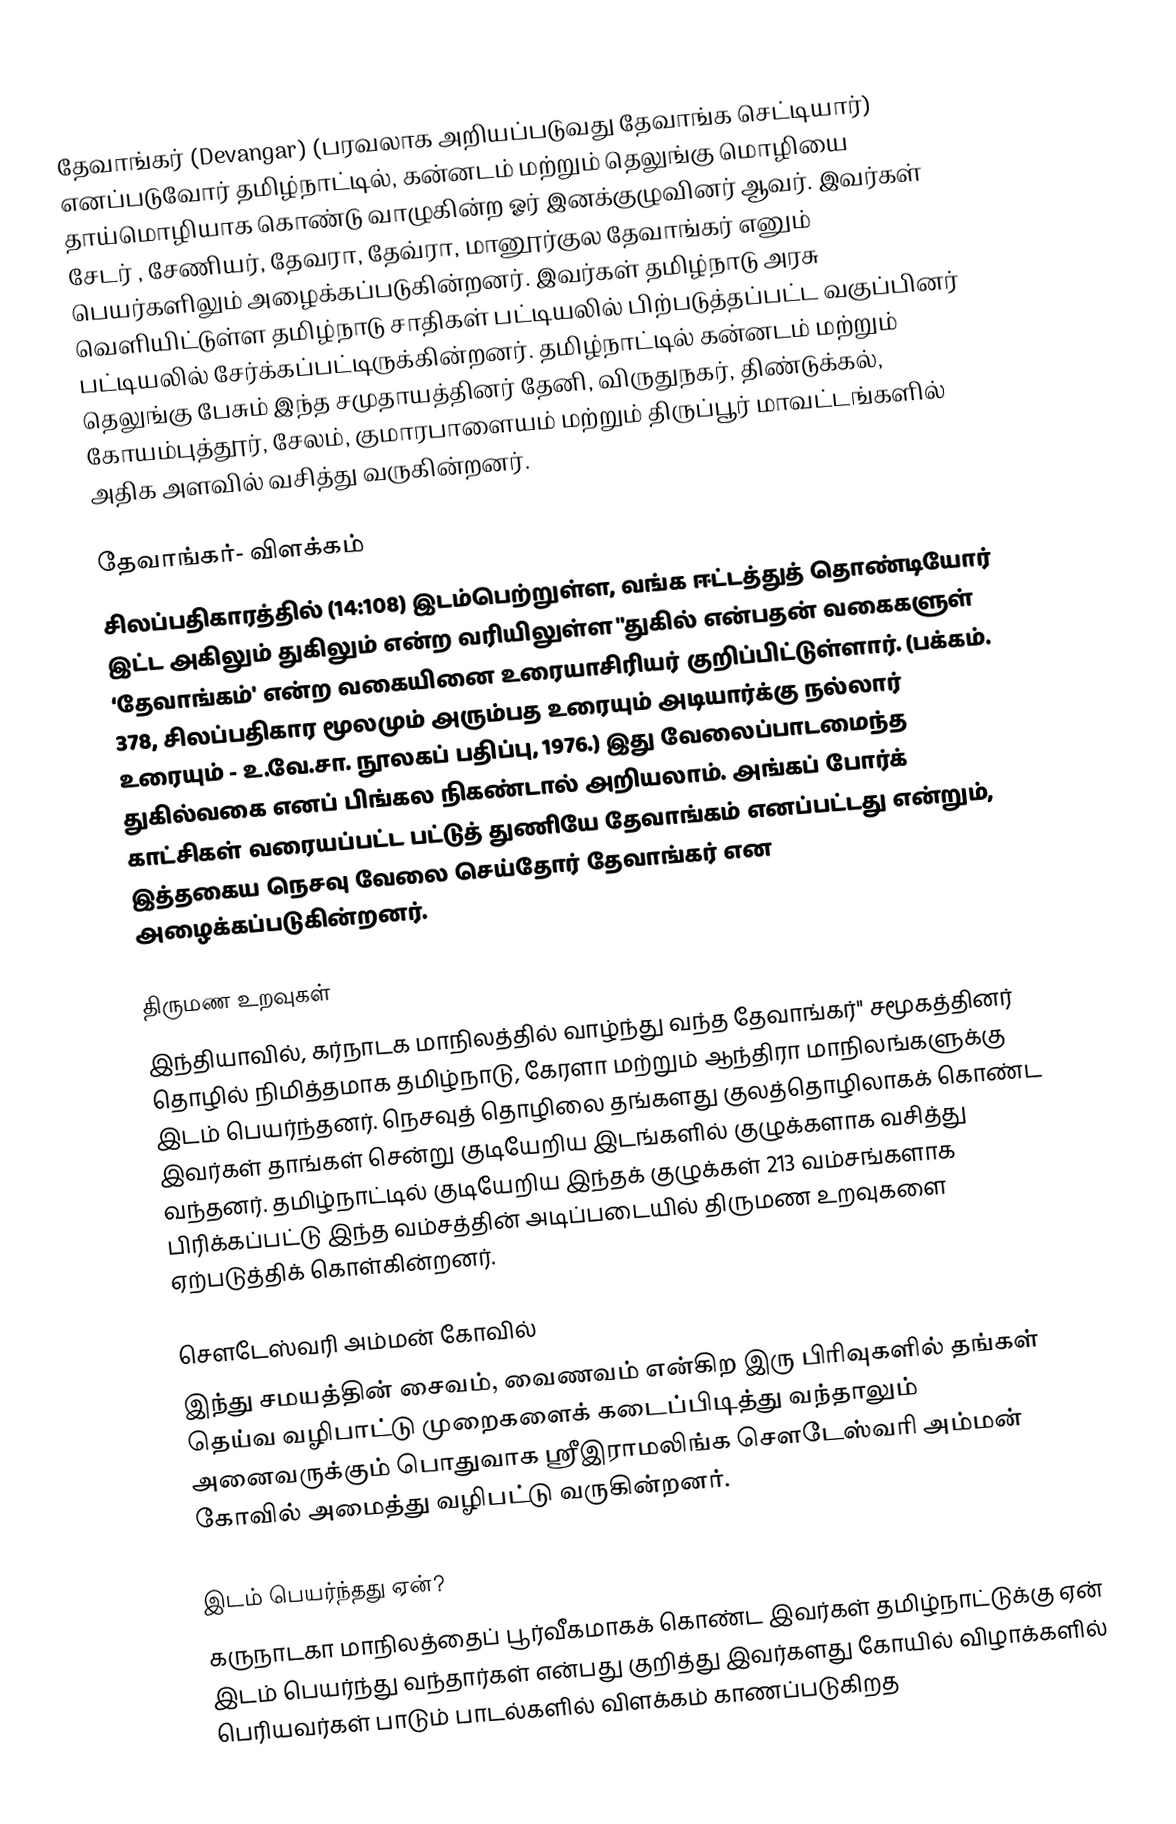
தேவாங்கர் (Devangar) (பரவலாக அறியப்படுவது தேவாங்க செட்டியார்) எனப்படுவோர் தமிழ்நாட்டில், கன்னடம் மற்றும் தெலுங்கு மொழியை தாய்மொழியாக கொண்டு வாழுகின்ற ஓர் இனக்குழுவினர் ஆவர். இவர்கள் சேடர் , சேணியர், தேவரா, தேவ்ரா, மானூர்குல தேவாங்கர் எனும் பெயர்களிலும் அழைக்கப்படுகின்றனர். இவர்கள் தமிழ்நாடு அரசு வெளியிட்டுள்ள தமிழ்நாடு சாதிகள் பட்டியலில் பிற்படுத்தப்பட்ட வகுப்பினர் பட்டியலில் சேர்க்கப்பட்டிருக்கின்றனர். தமிழ்நாட்டில் கன்னடம் மற்றும் தெலுங்கு பேசும் இந்த சமுதாயத்தினர் தேனி, விருதுநகர், திண்டுக்கல், கோயம்புத்தூர், சேலம், குமாரபாளையம் மற்றும் திருப்பூர் மாவட்டங்களில் அதிக அளவில் வசித்து வருகின்றனர்.

தேவாங்கர்- விளக்கம்
சிலப்பதிகாரத்தில் (14:108) இடம்பெற்றுள்ள, வங்க ஈட்டத்துத் தொண்டியோர் இட்ட அகிலும் துகிலும் என்ற வரியிலுள்ள "துகில் என்பதன் வகைகளுள் ‘தேவாங்கம்' என்ற வகையினை உரையாசிரியர் குறிப்பிட்டுள்ளார். (பக்கம். 378, சிலப்பதிகார மூலமும் அரும்பத உரையும் அடியார்க்கு நல்லார் உரையும் - உ.வே.சா. நூலகப் பதிப்பு, 1976.) இது வேலைப்பாடமைந்த துகில்வகை எனப் பிங்கல நிகண்டால் அறியலாம். அங்கப் போர்க் காட்சிகள் வரையப்பட்ட பட்டுத் துணியே தேவாங்கம் எனப்பட்டது என்றும், இத்தகைய நெசவு வேலை செய்தோர் தேவாங்கர் என அழைக்கப்படுகின்றனர்.

 திருமண உறவுகள்
இந்தியாவில், கர்நாடக மாநிலத்தில் வாழ்ந்து வந்த தேவாங்கர்'' சமூகத்தினர் தொழில் நிமித்தமாக தமிழ்நாடு, கேரளா மற்றும் ஆந்திரா மாநிலங்களுக்கு இடம் பெயர்ந்தனர். நெசவுத் தொழிலை தங்களது குலத்தொழிலாகக் கொண்ட இவர்கள் தாங்கள் சென்று குடியேறிய இடங்களில் குழுக்களாக வசித்து வந்தனர். தமிழ்நாட்டில் குடியேறிய இந்தக் குழுக்கள் 213 வம்சங்களாக பிரிக்கப்பட்டு இந்த வம்சத்தின் அடிப்படையில் திருமண உறவுகளை ஏற்படுத்திக் கொள்கின்றனர்.

செளடேஸ்வரி அம்மன் கோவில்
இந்து சமயத்தின் சைவம், வைணவம் என்கிற இரு பிரிவுகளில் தங்கள் தெய்வ வழிபாட்டு முறைகளைக் கடைப்பிடித்து வந்தாலும் அனைவருக்கும் பொதுவாக ஸ்ரீஇராமலிங்க செளடேஸ்வரி அம்மன் கோவில் அமைத்து வழிபட்டு வருகின்றனர்.

இடம் பெயர்ந்தது ஏன்?
கருநாடகா மாநிலத்தைப் பூர்வீகமாகக் கொண்ட இவர்கள் தமிழ்நாட்டுக்கு ஏன் இடம் பெயர்ந்து வந்தார்கள் என்பது குறித்து இவர்களது கோயில் விழாக்களில் பெரியவர்கள் பாடும் பாடல்களில் விளக்கம் காணப்படுகிறத